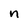
Character: n